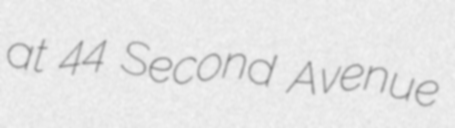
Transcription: at 44 Second Avenue